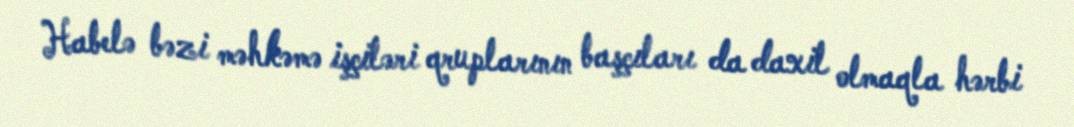
Habelə bəzi məhkəmə işçiləri qruplarının başçıları da daxil olmaqla hərbi